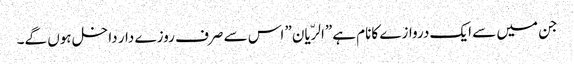
جن میں سے ایک دروازے کانام ہے”الرّیان” اس سے صرف روزے دار داخل ہوں گے۔